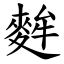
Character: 麰